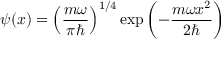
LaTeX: \psi ( x ) = \left( { \frac { m \omega } { \pi \hbar } } \right) ^ { 1 / 4 } \exp { \left( - { \frac { m \omega x ^ { 2 } } { 2 \hbar } } \right) }